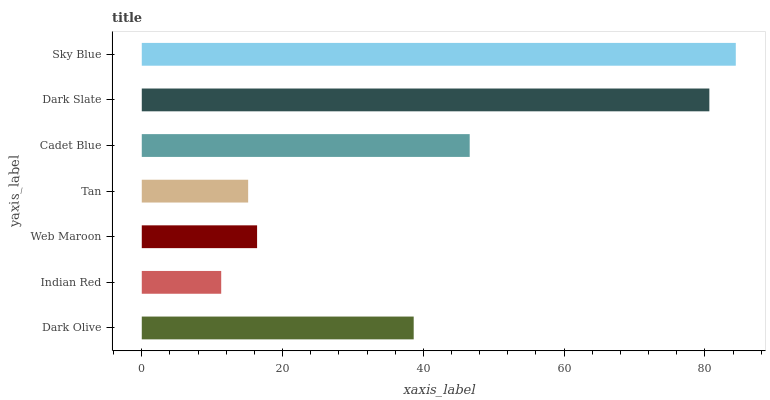
| yaxis_label | bars |
 | --- | --- |
 | Dark Olive | 38.6 |
 | Indian Red | 11.3 |
 | Web Maroon | 16.4 |
 | Tan | 15.1 |
 | Cadet Blue | 46.6 |
 | Dark Slate | 80.6 |
 | Sky Blue | 84.4 |